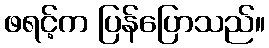
ဖရင့်က ပြန်ပြောသည်။